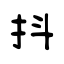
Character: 抖